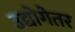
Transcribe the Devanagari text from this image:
उद्योगेतर